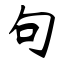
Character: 句